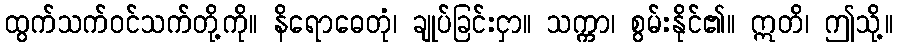
ထွက်သက်ဝင်သက်တို့ကို။ နိရောဓေတုံ၊ ချုပ်ခြင်းငှာ။ သက္ကာ၊ စွမ်းနိုင်၏။ ဣတိ၊ ဤသို့။